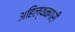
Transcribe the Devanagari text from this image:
अहिल्यनगरी